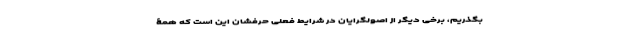
بگذریم، برخی دیگر از اصولگرایان در شرایط فعلی حرفشان این است که همۀ